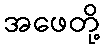
အဖေတို့